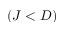
\left( J < D \right)